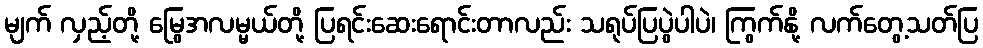
မျက် လှည့်တို့ မြွေအလမ္မယ်တို့ ပြရင်းဆေးရောင်းတာလည်း သရုပ်ပြပွဲပါပဲ၊ ကြွက်နို့ လက်တွေ့သတ်ပြ